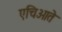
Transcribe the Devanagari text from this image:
एचिओते